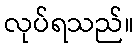
လုပ်ရသည်။